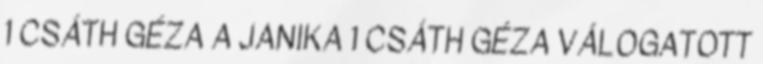
1 CSÁTH GÉZA A JANIKA 1 CSÁTH GÉZA VÁLOGATOTT